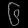
Digit: ၆